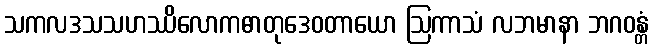
သကလဒသသဟဿိလောကဓာတုဒေဝတာယော ဩကာသံ လဘမာနာ ဘဂဝန္တံ